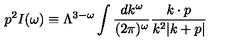
p ^ { 2 } I ( \omega ) \equiv \Lambda ^ { 3 - \omega } \int { \frac { d k ^ { \omega } } { ( 2 \pi ) ^ { \omega } } } { \frac { k \cdot p } { k ^ { 2 } | k + p | } }